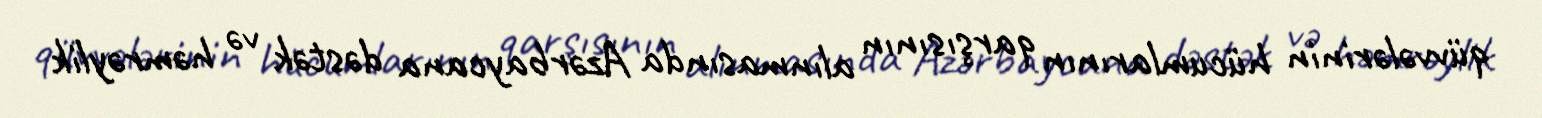
qüvvələrinin hücumlarının qarşısının alınmasında Azərbaycana dəstək və həmrəylik